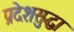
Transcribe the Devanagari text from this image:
प्रदेशसुद्धा